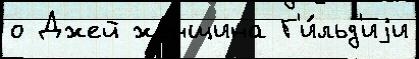
о Джей же́нщина Г'и́льд'иjи